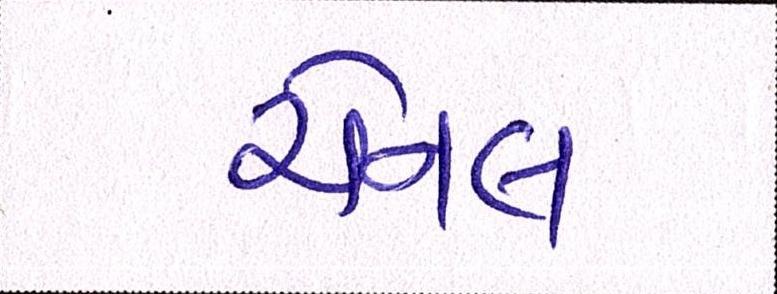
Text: ચેનલ